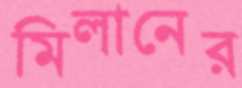
মিলানের